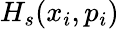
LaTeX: H_{s}(x_{i},p_{i})